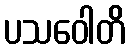
ပသဝေါတိ